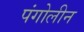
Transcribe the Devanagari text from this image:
पंगोलीन